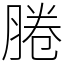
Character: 腃